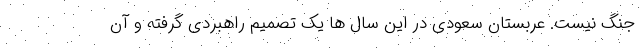
جنگ نیست. عربستان سعودی در این سال ها یک تصمیم راهبردی گرفته و آن